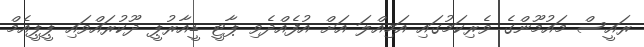
ރައީސް މައުމޫންގެ ވެރިކަމުގައި އަމިއްލަ އަށް އުފެއްދެވި ޕާޓީ ޑީއާރުޕީ ދޫކުރައްވައި ޕީޕީއެމް